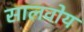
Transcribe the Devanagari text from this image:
सालवोय